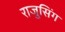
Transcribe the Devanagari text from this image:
राजुसिंग